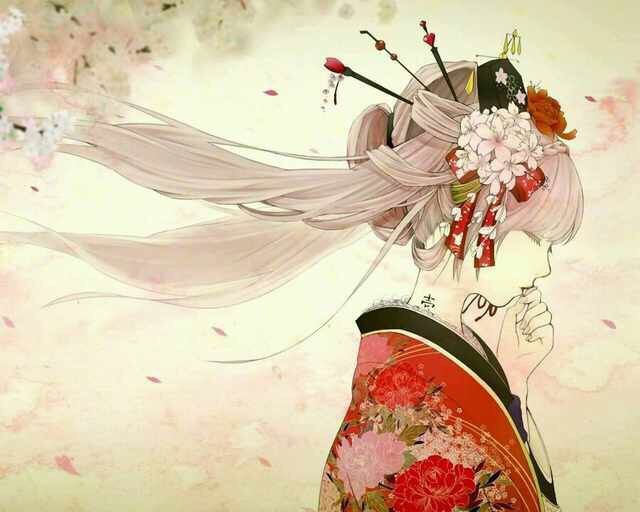
西风吹老洞庭波，一夜湘君白发多。